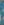
: